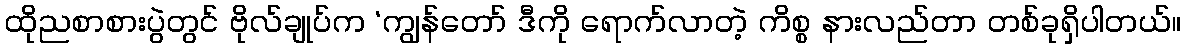
ထိုညစာစားပွဲတွင် ဗိုလ်ချုပ်က ‘ကျွန်တော် ဒီကို ရောက်လာတဲ့ ကိစ္စ နားလည်တာ တစ်ခုရှိပါတယ်။